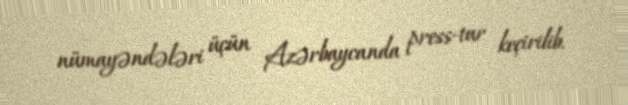
nümayəndələri üçün Azərbaycanda press-tur keçirilib.